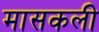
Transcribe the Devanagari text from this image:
मासकली